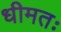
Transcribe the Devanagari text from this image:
धीमतः